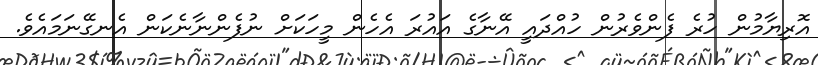
އޮރިޔާމުން ހުރެ ފެންވެރުން ހުއްދައީ އޭނާގެ އައުރަ އެހެން މީހަކަށް ނުފެންނާނެކަން އެނގޭނަމައެވެ.